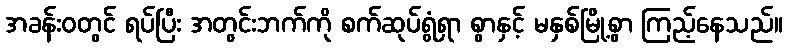
အခန်းဝတွင် ရပ်ပြီး အတွင်းဘက်ကို စက်ဆုပ်ရွံရှာ စွာနှင့် မနှစ်မြို့စွာ ကြည့်နေသည်။